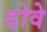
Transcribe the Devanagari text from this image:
डोवे